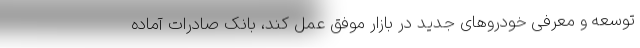
توسعه و معرفی خودروهای جدید در بازار موفق عمل کند، بانک صادرات آماده